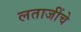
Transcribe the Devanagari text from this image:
लताजींचे